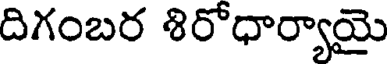
దిగంబర శిరోధార్యాయై